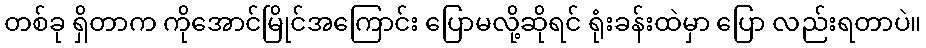
တစ်ခု ရှိတာက ကိုအောင်မြိုင်အကြောင်း ပြောမလို့ဆိုရင် ရုံးခန်းထဲမှာ ပြော လည်းရတာပဲ။